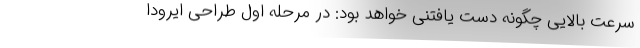
سرعت بالایی چگونه دست یافتنی خواهد بود: در مرحله اول طراحی ایرودا